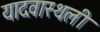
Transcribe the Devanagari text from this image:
यादवास्थली